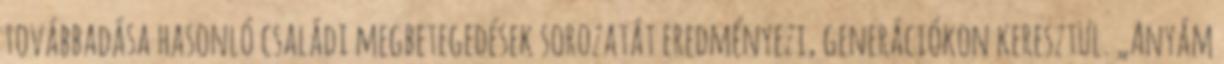
továbbadása hasonló családi megbetegedések sorozatát eredményezi, generációkon keresztül. „Anyám